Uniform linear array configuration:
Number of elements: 24
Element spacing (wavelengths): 0.75
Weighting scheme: exponential
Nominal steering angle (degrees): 15
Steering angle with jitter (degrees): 13.999
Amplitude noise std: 0.05
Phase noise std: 0.05

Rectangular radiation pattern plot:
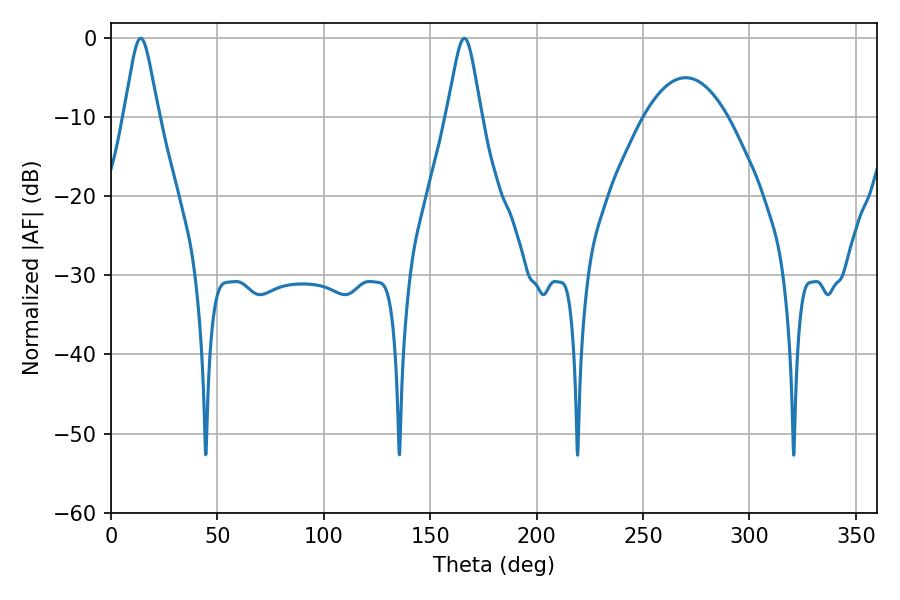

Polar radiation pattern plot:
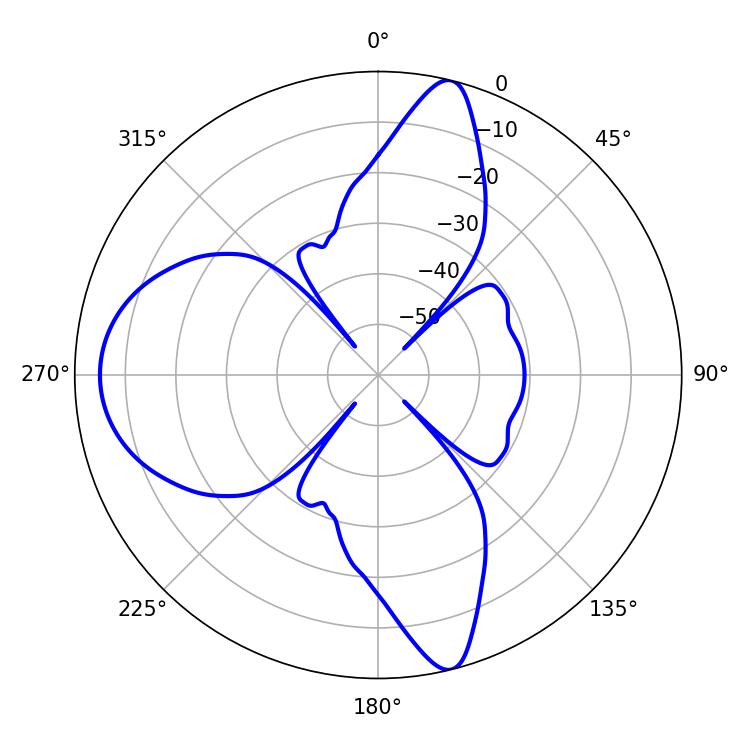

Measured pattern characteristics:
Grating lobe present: TRUE
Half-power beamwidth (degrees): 7.92
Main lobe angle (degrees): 14.04